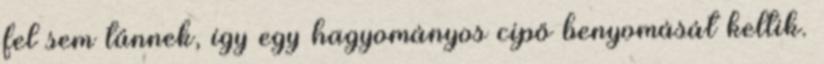
fel sem tűnnek, így egy hagyományos cipő benyomását keltik.